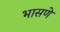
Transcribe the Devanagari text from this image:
भासणे